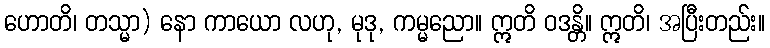
ဟောတိ၊ တသ္မာ) နော ကာယော လဟု, မုဒု, ကမ္မညော။ ဣတိ ဝဒန္တိ။ ဣတိ၊ အပြီးတည်း။